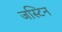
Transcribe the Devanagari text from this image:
जस्‍टिन